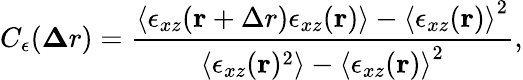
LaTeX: C_{\epsilon}({\mathbf\Delta r})=\frac{\left<\epsilon_{xz}({\mathbf r+\Delta r})\epsilon_{xz}({\mathbf r})\right>-\left<\epsilon_{xz}({\mathbf r})\right>^{2}}{\left<\epsilon_{xz}({\mathbf r})^{2}\right>-\left<\epsilon_{xz}({\mathbf r})\right>^{2}},